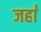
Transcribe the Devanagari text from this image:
जहा॑